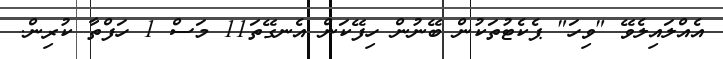
އެއްލައިލެވޭ "ވިހަ" ޕެކެޓުތަކުން ބޭނުން ހިފޭކަން އެނގޭތަ11 މަސް 1 ހަފްތާ ކުރިން.